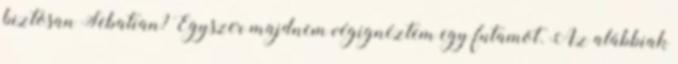
biztosan Sebatian? Egyszer majdnem végignéztem egy futamot. Az alábbiak